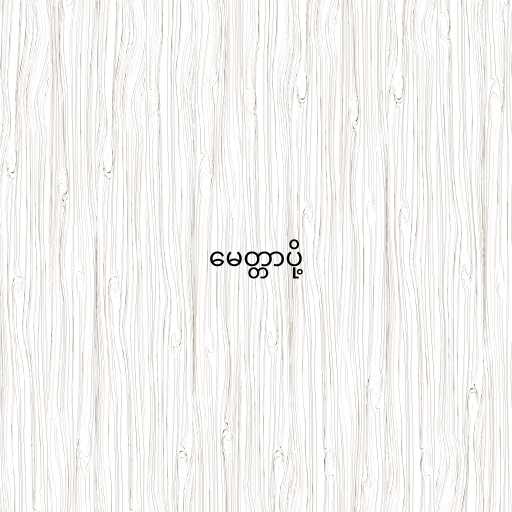
မေတ္တာပို့